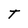
Character: T